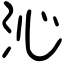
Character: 沁